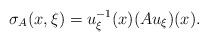
LaTeX: \begin{align*}\sigma_{A}(x,\xi)=u_{\xi}^{-1}(x)(Au_{\xi})(x).\end{align*}